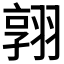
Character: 𮋈